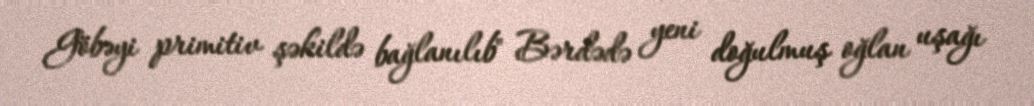
Göbəyi primitiv şəkildə bağlanılıb" Bərdədə yeni doğulmuş oğlan uşağı